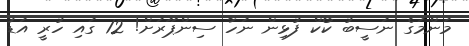
މަންމަގެ ނަސީބު ކޯކް ފުޅިން ނަހާ ސިންޕޫރަށް! 12 ގައި ހުރީ އަޑު